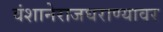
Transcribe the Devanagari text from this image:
वंशानेराजघराण्यावर